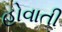
હોવાતી